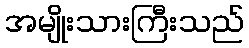
အမျိုးသားကြီးသည်